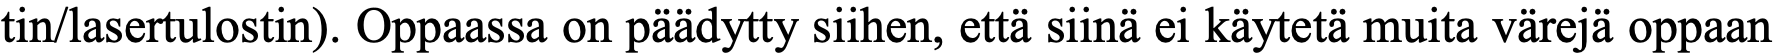
tin/lasertulostin). Oppaassa on päädytty siihen, että siinä ei käytetä muita värejä oppaan